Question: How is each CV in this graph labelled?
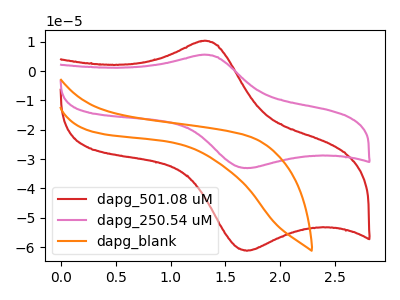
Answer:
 <answer>The red curve is labeled "dapg_501.08 uM". The pink curve is labeled "dapg_250.54 uM". The orange curve is labeled "dapg_blank".</answer>
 <eval></eval>